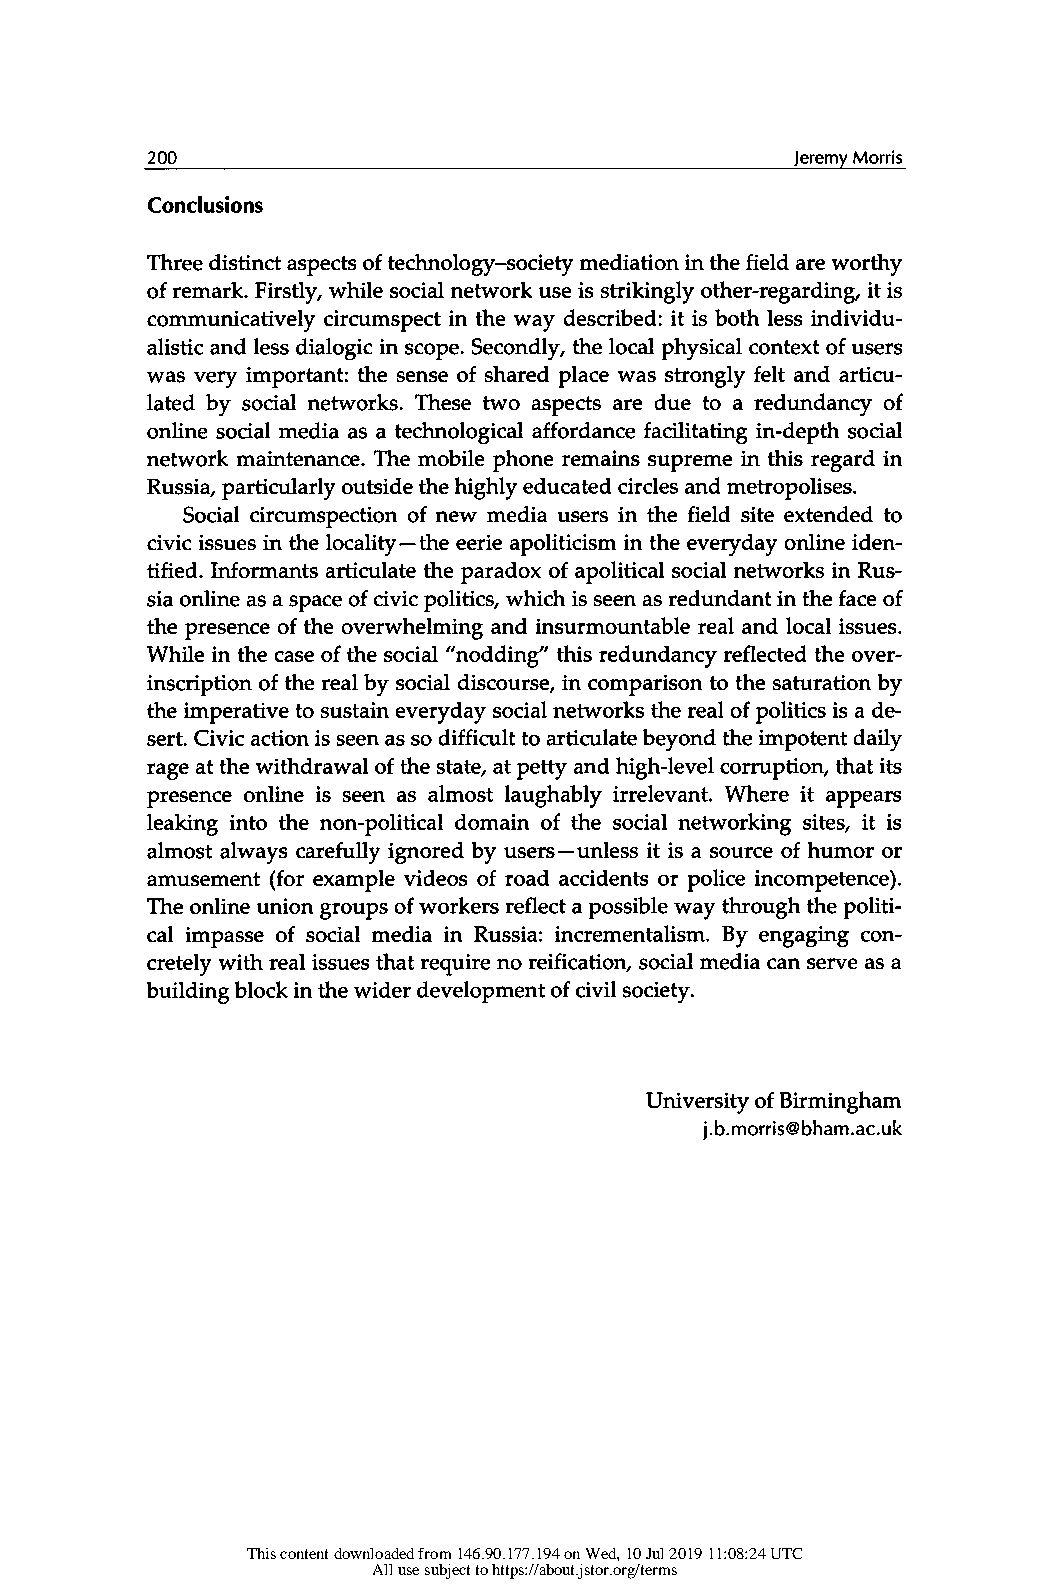
200
 Conclusions
 Three distinct aspects of technology-society mediation in the field are worthy
 of remark. Firstly, while social network use is strikingly other-regarding, it is
 communicatively circumspect in the way described: it is both less individu-
 alistic and less dialogic in scope. Secondly, the local physical context of users
 was very important: the sense of shared place was strongly felt and articu-
 lated by social networks. These two aspects are due to a redundancy of
 online social media as a technological affordance facilitating in-depth social
 network maintenance. The mobile phone remains supreme in this regard in
 Russia, particularly outside the highly educated circles and metropolises.
 Social circumspection of new media users in the field site extended to
 civic issues in the locality- the eerie apoliticism in the everyday online iden-
 tified. Informants articulate the paradox of apolitical social networks in Rus-
 sia online as a space of civic politics, which is seen as redundant in the face of
 the presence of the overwhelming and insurmountable real and local issues.
 While in the case of the social "nodding" this redundancy reflected the over-
 inscription of the real by social discourse, in comparison to the saturation by
 the imperative to sustain everyday social networks the real of politics is a de-
 sert. Civic action is seen as so difficult to articulate beyond the impotent daily
 rage at the withdrawal of the state, at petty and high-level corruption, that its
 presence online is seen as almost laughably irrelevant. Where it appears
 leaking into the non-political domain of the social networking sites, it is
 almost always carefully ignored by users- unless it is a source of humor or
 amusement (for example videos of road accidents or police incompetence).
 The online union groups of workers reflect a possible way through the politi-
 cal impasse of social media in Russia: incrementalism. By engaging con-
 cretely with real issues that require no reification, social media can serve as a
 building block in the wider development of civil society.
 University of Birmingham
 j.b.morr¡s@bham.ac.uk
 This content downloaded from 146.90.177.194 on Wed, 10 Jul 2019 11:08:24 UTC
 All use subject to https://about.jstor.org/terms